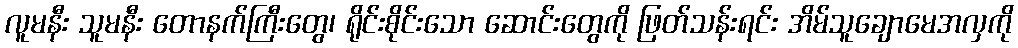
လူမနီး သူမနီး တောနက်ကြီးတွေ၊ ရိုင်းစိုင်းသော ဆောင်းတွေကို ဖြတ်သန်းရင်း အိမ်သူချောမေအလှကို